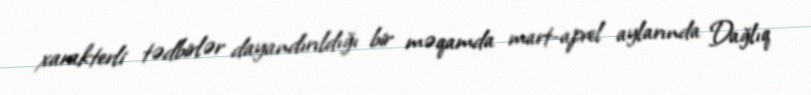
xarakterli tədbirlər dayandırıldığı bir məqamda mart-aprel aylarında Dağlıq